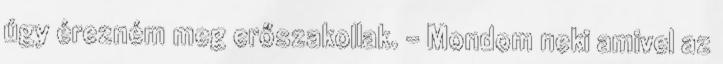
úgy érezném meg erőszakollak. - Mondom neki amivel az